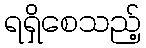
ရရှိစေသည့်